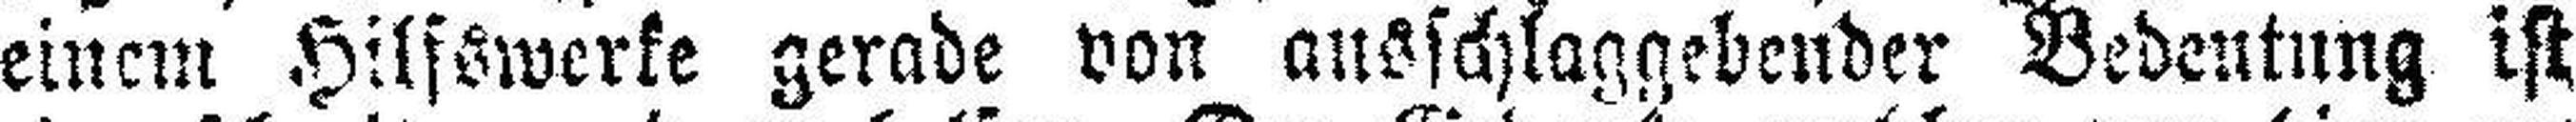
einem Hilfswerke gerade von ausschlaggebender Bedeutung ist